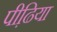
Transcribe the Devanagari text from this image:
पीढि़या